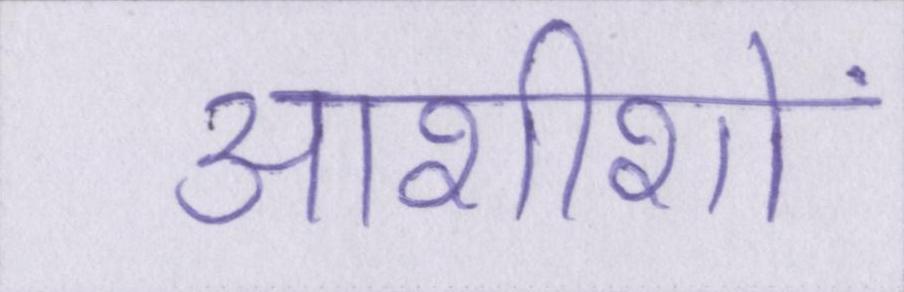
आशीशों